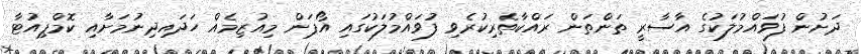
ދަށުން ފުވައްމުލަކުގެ އާސާރީ ތަންތަން ރައްކާތެރިކުރެވި ފުވައްމުލަކުގައި އޯޕަން މިއުޒިމެއް ހަދައިދިނުމަށާއި ކޮމްޕިއުޓާ